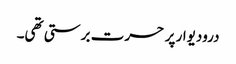
درودیوار پر حسرت برستی تھی۔